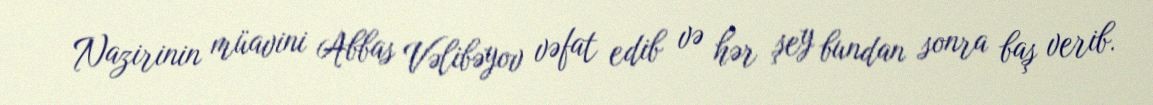
Nazirinin müavini Abbas Vəlibəyov vəfat edib və hər şey bundan sonra baş verib.